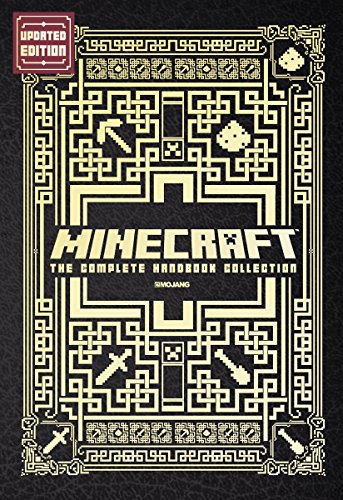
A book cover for Minecraft: The Complete Handbook Collection (Updated Edition): An Official Mojang Book; Stephanie Milton; Reference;